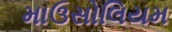
માઉસોલિયમ